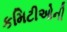
કમિટીઓની